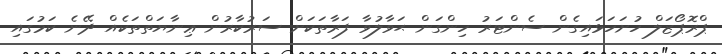
ޕްރޮޕޯޒަލް ހުށަހަޅައިގެން ސެންޓަރު ހިންގަން ޙަވާލުވާ ފަރާތަކަށް ސަރުކާރުން ޢިނާޔަތްތަކެއް ދޭނެ ކަމުގައި